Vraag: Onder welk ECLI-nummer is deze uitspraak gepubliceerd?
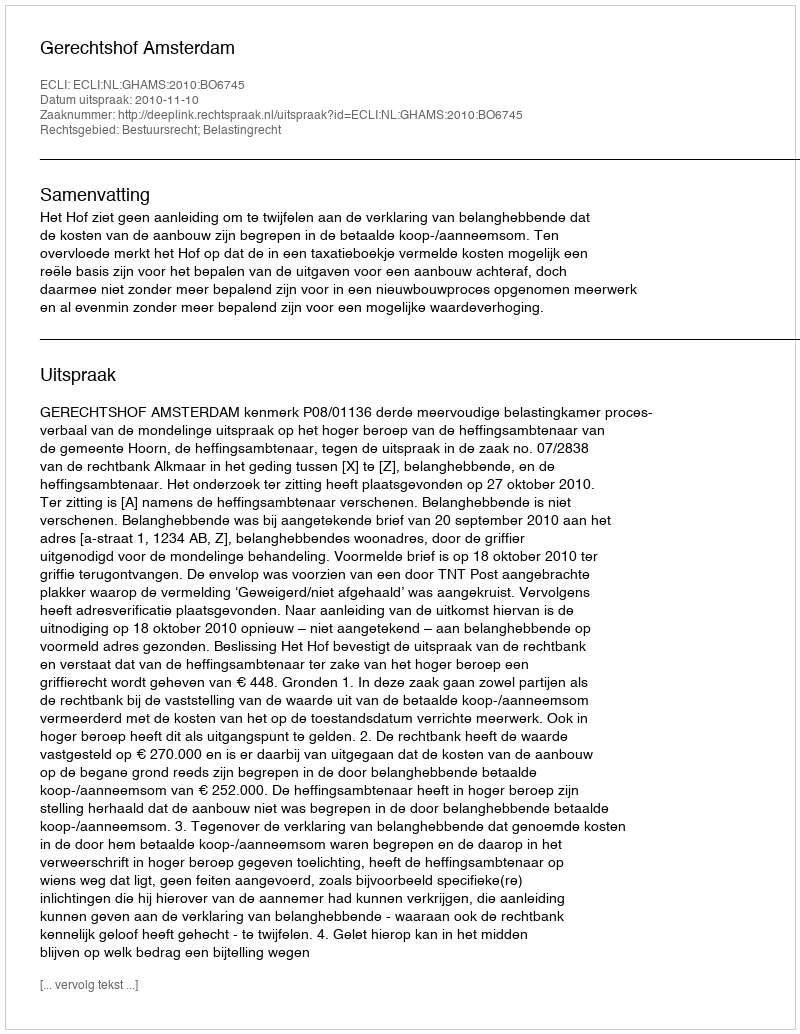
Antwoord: ECLI:NL:GHAMS:2010:BO6745